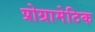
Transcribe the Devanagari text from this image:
प्रोग्रामेटिक